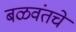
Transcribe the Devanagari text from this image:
बळवंतचे